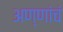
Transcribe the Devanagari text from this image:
अण्णांचं